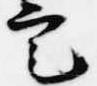
定